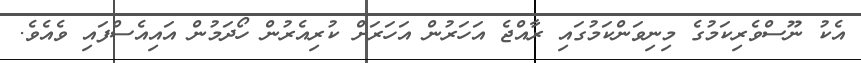
އެކު ނޫސްވެރިކަމުގެ މިނިވަންކަމުގައި ރާއްޖެ އަހަރުން އަހަރަށް ކުރިއެރުން ހޯދަމުން އައިއެސްފައި ވެއެވެ.